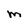
Character: M